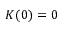
K ( 0 ) = 0